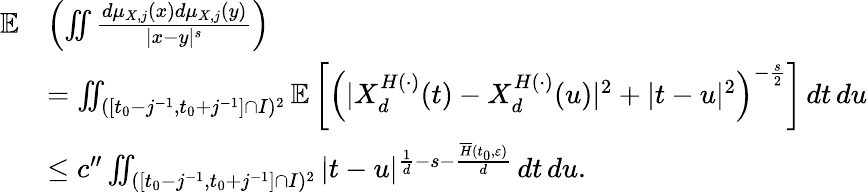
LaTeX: \begin{array}{rl}{\mathbb{E}}&{\left(\iint\frac{d\mu_{X,j}(x)d\mu_{X,j}(y)}{|x-y|^{s}}\right)}\\ &{=\iint_{([t_{0}-j^{-1},t_{0}+j^{-1}]\cap I)^{2}}\mathbb{E}\left[\left(|X_{d}^{H(\cdot)}(t)-X_{d}^{H(\cdot)}(u)|^{2}+|t-u|^{2}\right)^{-\frac{s}{2}}\right]\, dt\, du}\\ &{\leq c^{\prime\prime}\iint_{([t_{0}-j^{-1},t_{0}+j^{-1}]\cap I)^{2}}|t-u|^{\frac{1}{d}-s-\frac{\overline{{H}}(t_{0},\varepsilon)}{d}}\, dt\, du.}\end{array}